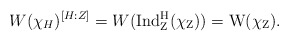
\begin{align*} W(\chi_H)^{[H:Z]}=W(\rm{Ind}_{Z}^{H}(\chi_Z))=W(\chi_Z).\end{align*}